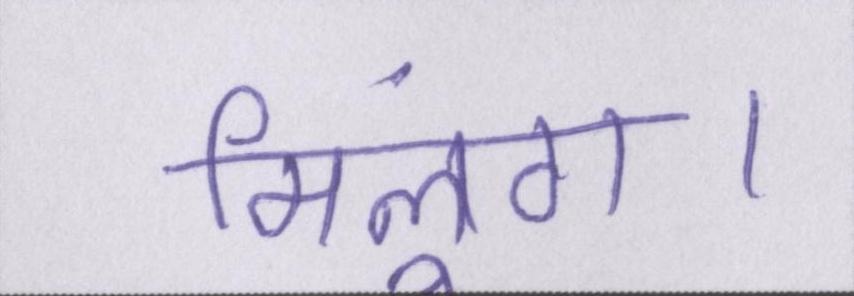
मिलूंगा।